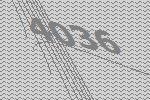
4036